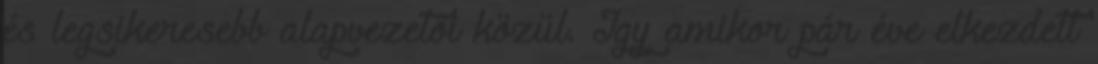
és legsikeresebb alapvezetői közül. Így amikor pár éve elkezdett